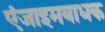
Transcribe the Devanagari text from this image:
एंजाइमबाधक